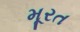
મૂરત